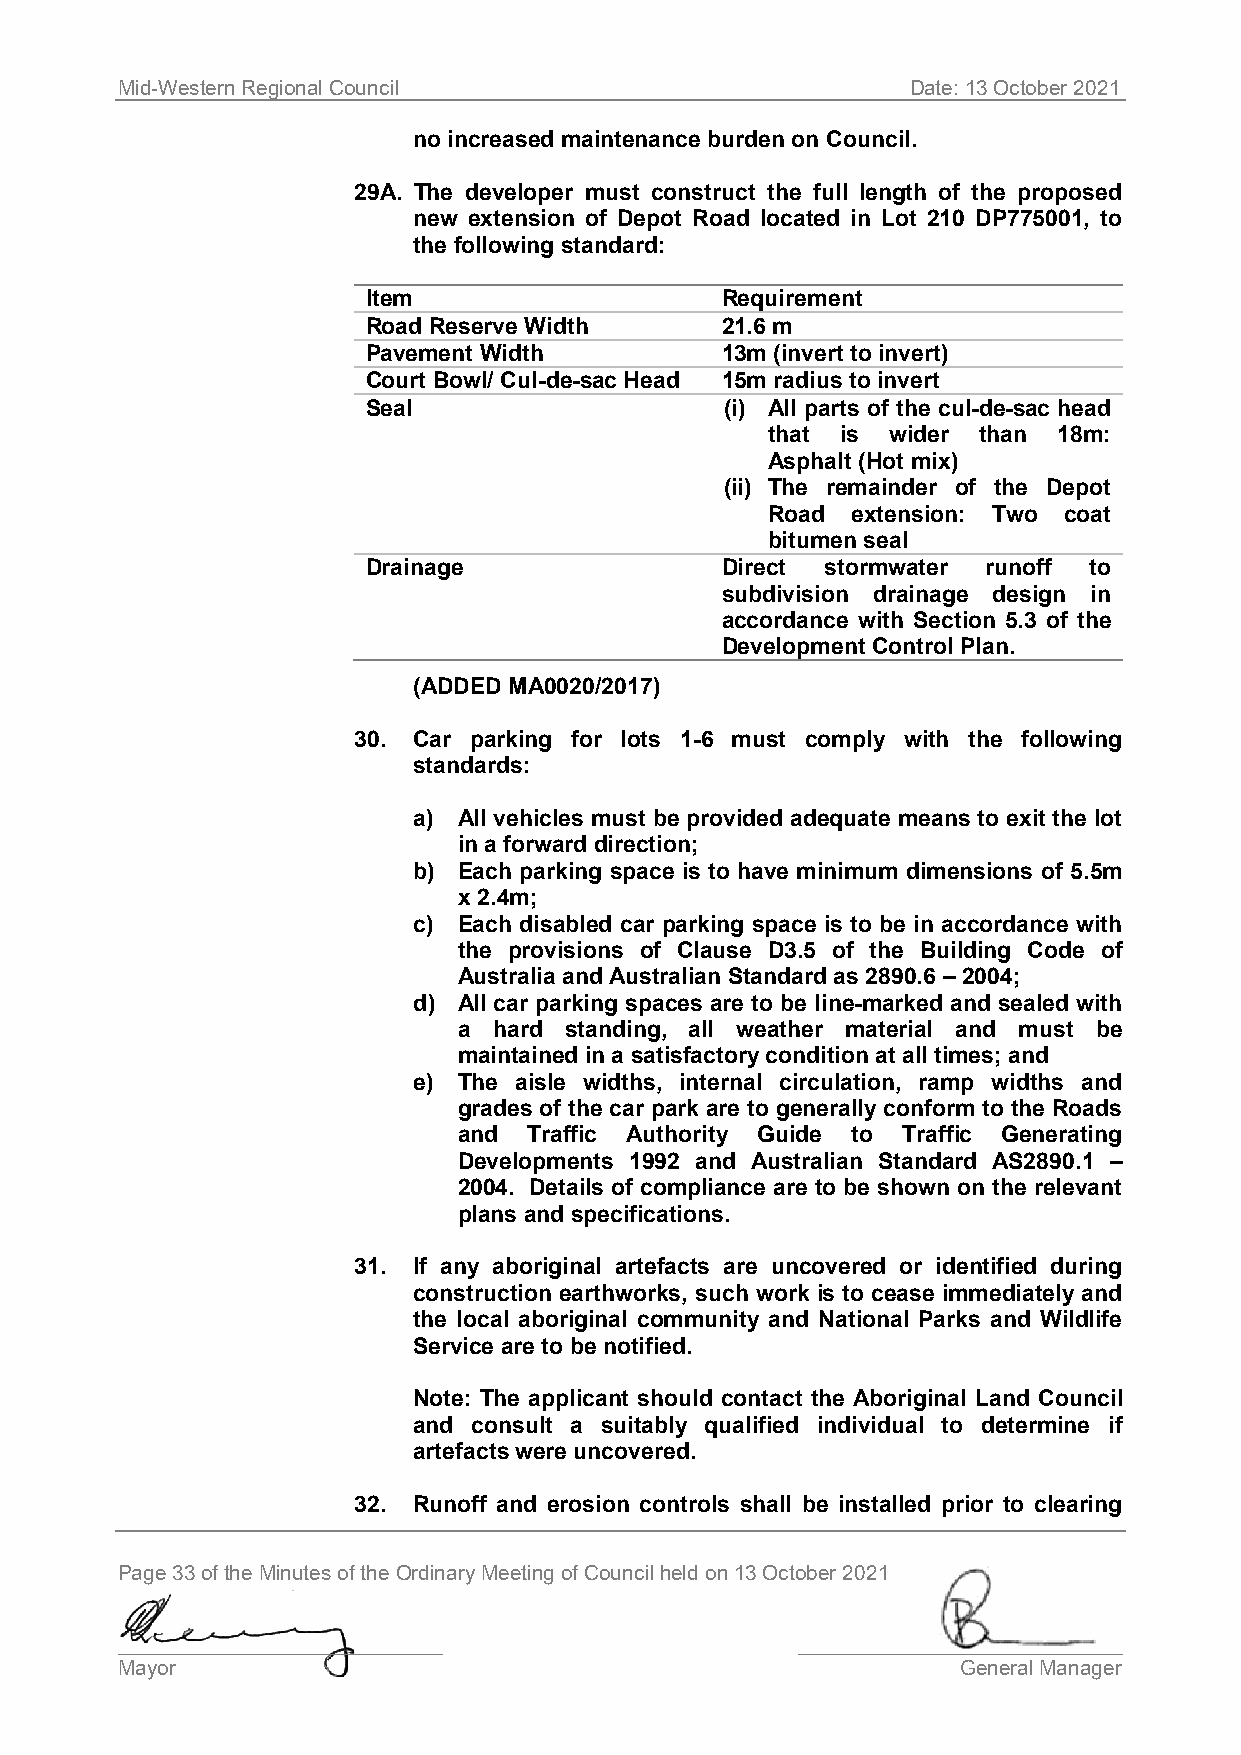
Mid-Western Regional Council                        Date: 13 October 2021
 no increased maintenance burden on Council.
 29A. The developer must construct the full length of the proposed
 new extension of Depot Road located in Lot 210 DP775001, to
 the following standard:
 Item                    Requirement
 Road Reserve Width      21.6 m
 Pavement Width          13m (invert to invert)
 Court Bowl/ Cul-de-sac Head 15m radius to invert
 Seal                    (i) All parts of the cul-de-sac head
 that is wider than 18m:
 Asphalt (Hot mix)
 (ii) The remainder of the Depot
 Road extension: Two coat
 bitumen seal
 Drainage                Direct stormwater runoff to
 subdivision drainage design in
 accordance with Section 5.3 of the
 Development Control Plan.
 (ADDED MA0020/2017)
 30. Car parking for lots 1-6 must comply with the following
 standards:
 a) All vehicles must be provided adequate means to exit the lot
 in a forward direction;
 b) Each parking space is to have minimum dimensions of 5.5m
 x 2.4m;
 c) Each disabled car parking space is to be in accordance with
 the provisions of Clause D3.5 of the Building Code of
 Australia and Australian Standard as 2890.6 – 2004;
 d) All car parking spaces are to be line-marked and sealed with
 a  hard standing, all weather material and must be
 maintained in a satisfactory condition at all times; and
 e) The aisle widths, internal circulation, ramp widths and
 grades of the car park are to generally conform to the Roads
 and  Traffic Authority Guide to Traffic Generating
 Developments 1992 and Australian Standard AS2890.1 –
 2004. Details of compliance are to be shown on the relevant
 plans and specifications.
 31. If any aboriginal artefacts are uncovered or identified during
 construction earthworks, such work is to cease immediately and
 the local aboriginal community and National Parks and Wildlife
 Service are to be notified.
 Note: The applicant should contact the Aboriginal Land Council
 and consult a suitably qualified individual to determine if
 artefacts were uncovered.
 32. Runoff and erosion controls shall be installed prior to clearing
 Page 33 of the Minutes of the Ordinary Meeting of Council held on 13 October 2021
 ____________________________                 ____________________________
 Mayor                                                   General Manager